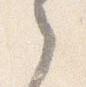
之